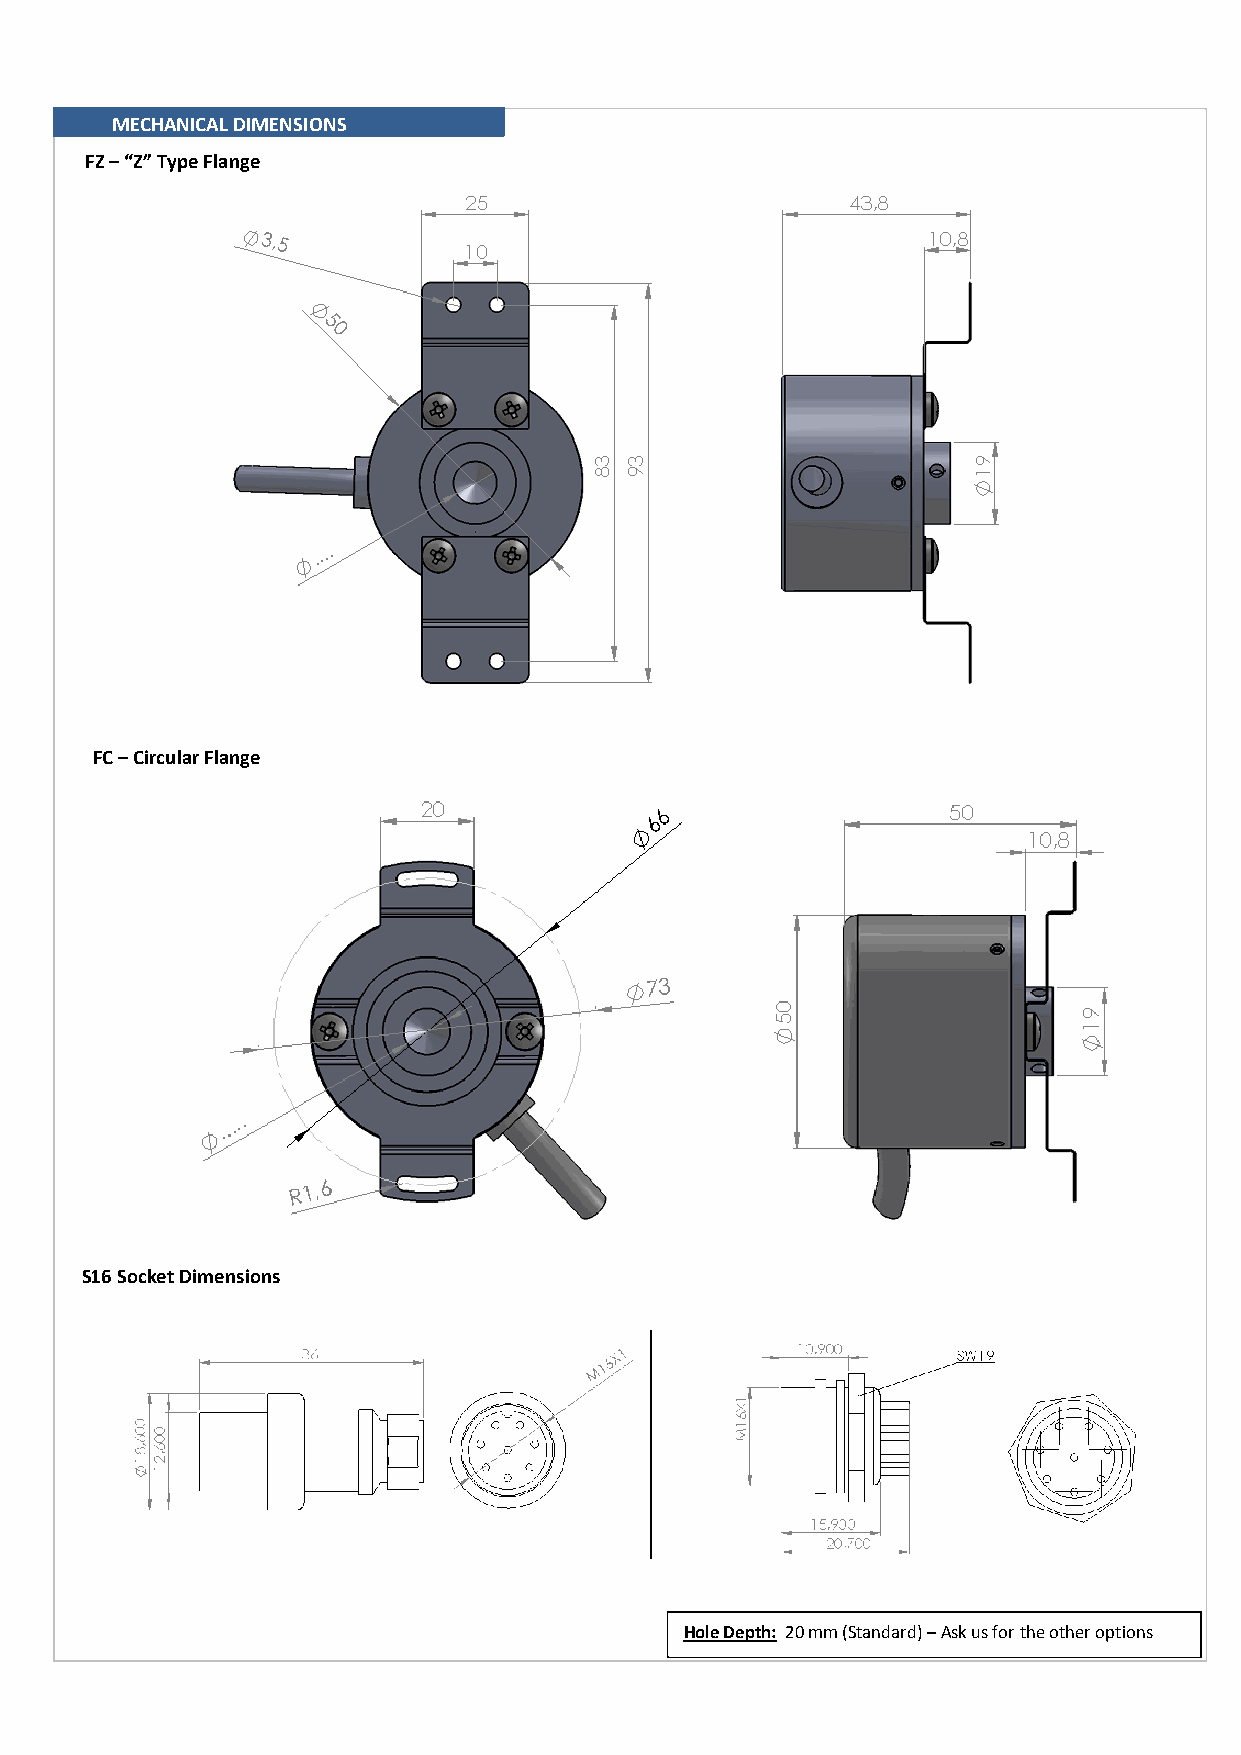
MECHANICAL DIMENSIONS
 FZ – “Z” Type Flange
 FC – Circular Flange
 S16 Sock et Dimensions
 Hole Depth: 20 mm (Standard) – Ask us for the other options